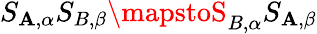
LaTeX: S_{\mathbf{A},\alpha}S_{B,\beta}\mapstoS_{B,\alpha}S_{\mathbf{A},\beta}